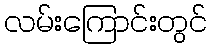
လမ်းကြောင်းတွင်